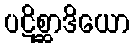
ပဋိစ္ဆာဒိယော